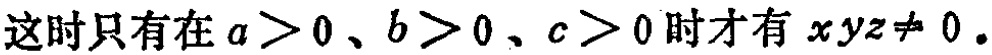
这时只有在\(a > 0\)、\(b > 0\)、\(c > 0\)时才有 \(xyz\neq 0\)。